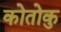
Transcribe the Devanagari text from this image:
कोतोकु